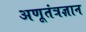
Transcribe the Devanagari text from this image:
अणूतंत्रज्ञान